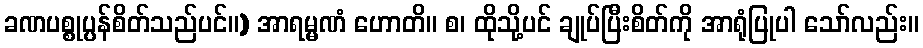
ခဏပစ္စုပ္ပန်စိတ်သည်ပင်။) အာရမ္မဏံ ဟောတိ။ စ၊ ထိုသို့ပင် ချုပ်ပြီးစိတ်ကို အာရုံပြုပါ သော်လည်း။